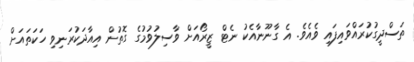
ތަސްދީގުކުރައްވައިފައި ވެއެވެ. އެ ގާނޫނާއެކު ނެޓް ޒީރޯއަށް ވާސިލުވުމުގެ ގޮތުން އިއާދަކުރަނިވި ހަކަތައަށް